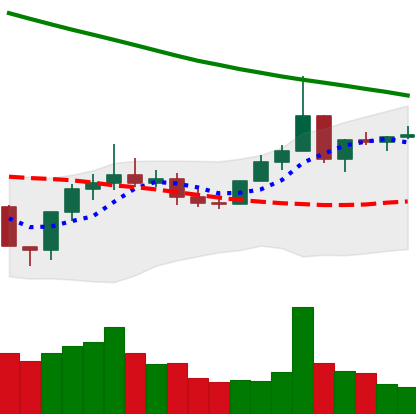
Ticker: XLM-USD
Chart end date: 2022-08-13
Forward return: -8.445%
Label: down_7plus